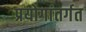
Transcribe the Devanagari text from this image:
प्रयोगांतर्गत